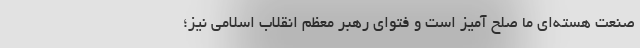
صنعت هسته‌ای ما صلح آمیز است و فتوای رهبر معظم انقلاب اسلامی نیز؛